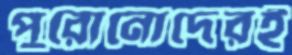
পুরোনোদেরই